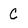
Character: C